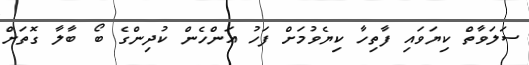
ސަލަވާތް ކިޔަވައި ފާތިހާ ކިޔެވުމަށް ފަހު އަންހެން ކުދިންގެ ބޯ ބާލާ ގޮތަށް